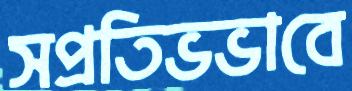
সপ্রতিভভাবে